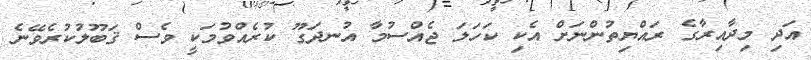
އަދި މިދާއިރާގެ ރައްޔިތުންނަށް އެކި ކަހަލަ ޖެއްސުމާ އުނދަގޫ ކުރެއްވުމަކީ ވެސް ޤަބޫލުކުރެވޭނެ